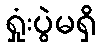
ရှုံးပွဲမရှိ